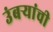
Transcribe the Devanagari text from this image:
उंबऱ्यांची